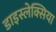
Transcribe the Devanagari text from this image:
डाइस्लेक्सिया